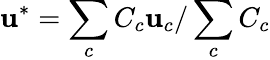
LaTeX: \boldsymbol{\mathbf{u}}^{*}=\sum_{c}C_{c}\boldsymbol{\mathbf{u}}_{c}/\sum_{c}C_{c}